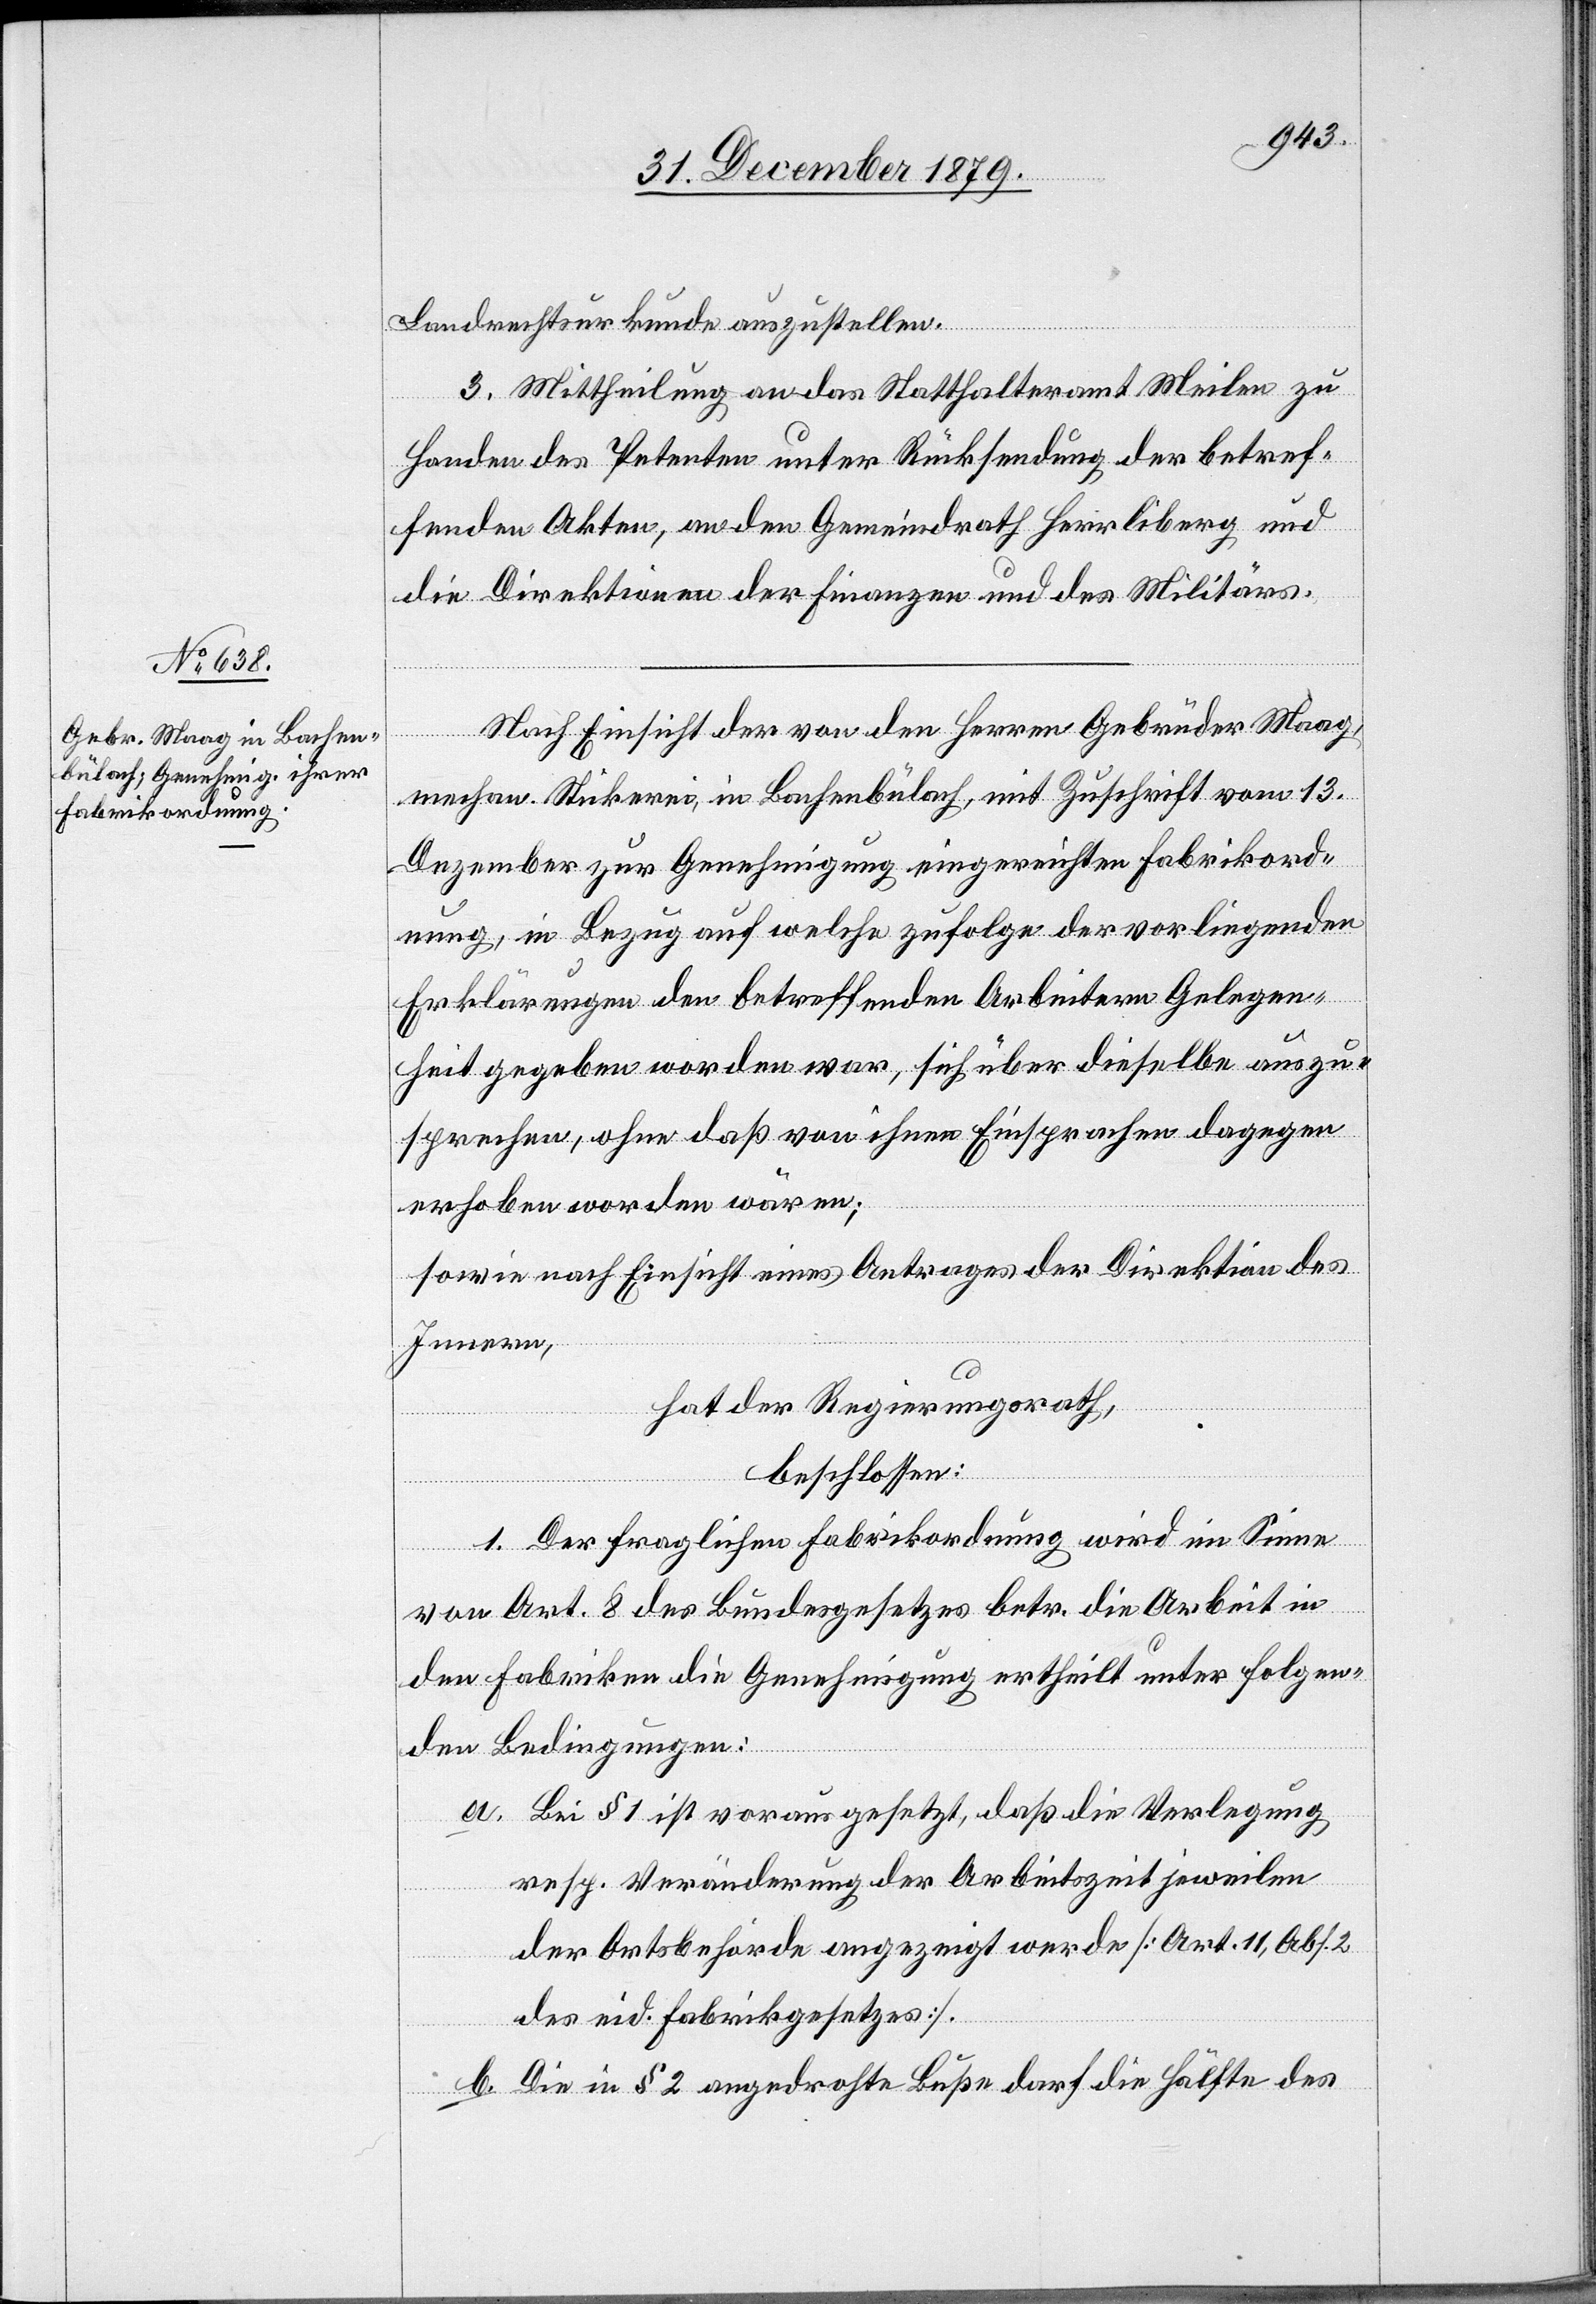
Landrechtsurkunde auszustellen.
3. Mittheilung an das Statthalteramt Meilen zu
Handen des Petenten unter Rücksendung der betref¬
fenden Akten, an den Gemeindrath Herrliberg und
die Direktion der Finanzen und des Militärs.
Nach Einsicht der von den Herren Gebrüder Maag,
mechan. Stickerei, in Bachenbülach, mit Zuschrift vom 13.
Dezember zur Genehmigung eingereichten Fabrikord¬
nung, in Bezug auf welche zufolge der vorliegenden
Erklärungen den betreffenden Arbeitern Gelegen¬
heit gegeben worden war, sich über dieselbe auszu¬
sprechen, ohne daß von ihnen Einsprachen dagegen
erhoben worden wären;
sowie nach Einsicht eines Antrages der Direktion des
Innern,
hat der Regierungsrath,
beschlossen:
1. Der fraglichen Fabrikordnung wird im Sinne
von Art. 8 des Bundesgesetzes betr. die Arbeit in
den Fabriken die Genehmigung ertheilt unter folgen¬
den Bedingungen:
a. Bei § 1 vorausgesetzt, daß die Verlegung
resp. Veränderung der Arbeitszeit jeweilen
der Ortsbehörde angezeigt werde [Art. 11, Abs. 2
des eid. Fabrikgesetzes].
b. Die in § 2 angedrohte Buße darf die Hälfte des